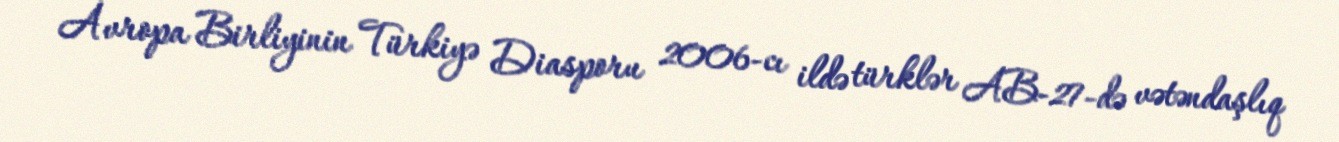
Avropa Birliyinin Türkiyə Diasporu 2006-cı ildə türklər AB-27-də vətəndaşlıq